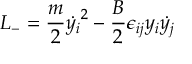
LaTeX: { \cal { L } } _ { - } = \frac { m } { 2 } { \dot { y _ { i } } } ^ { 2 } - \frac { B } { 2 } \epsilon _ { i j } y _ { i } \dot { y _ { j } }